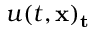
u ( t , \bf { x } ) _ { t }